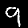
Digit: 9